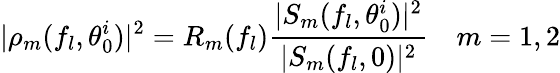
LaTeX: |\rho_{m}(f_{l},\theta_{0}^{i})|^{2}=R_{m}(f_{l})\frac{|S_{m}(f_{l},\theta_{0}^{i})|^{2}}{|S_{m}(f_{l},0)|^{2}}\quad m=1,2